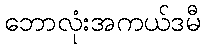
ဘောလုံးအကယ်ဒမီ